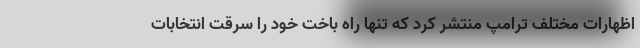
اظهارات مختلف ترامپ منتشر کرد که تنها راه باخت خود را سرقت انتخابات